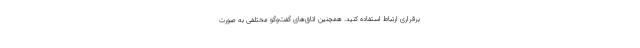
برقراری ارتباط استفاده کنید. همچنین اتاق‌های گفت‌وگو مختلفی به صورت